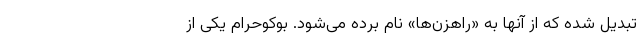
تبدیل شده که از آنها به «راهزن‌ها» نام برده می‌شود. بوکوحرام یکی از